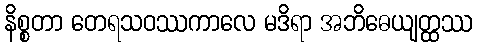
နိစ္စတာ တေရသဝဿကာလေ မဒိရာ အဘိဓေယျတ္ထဿ